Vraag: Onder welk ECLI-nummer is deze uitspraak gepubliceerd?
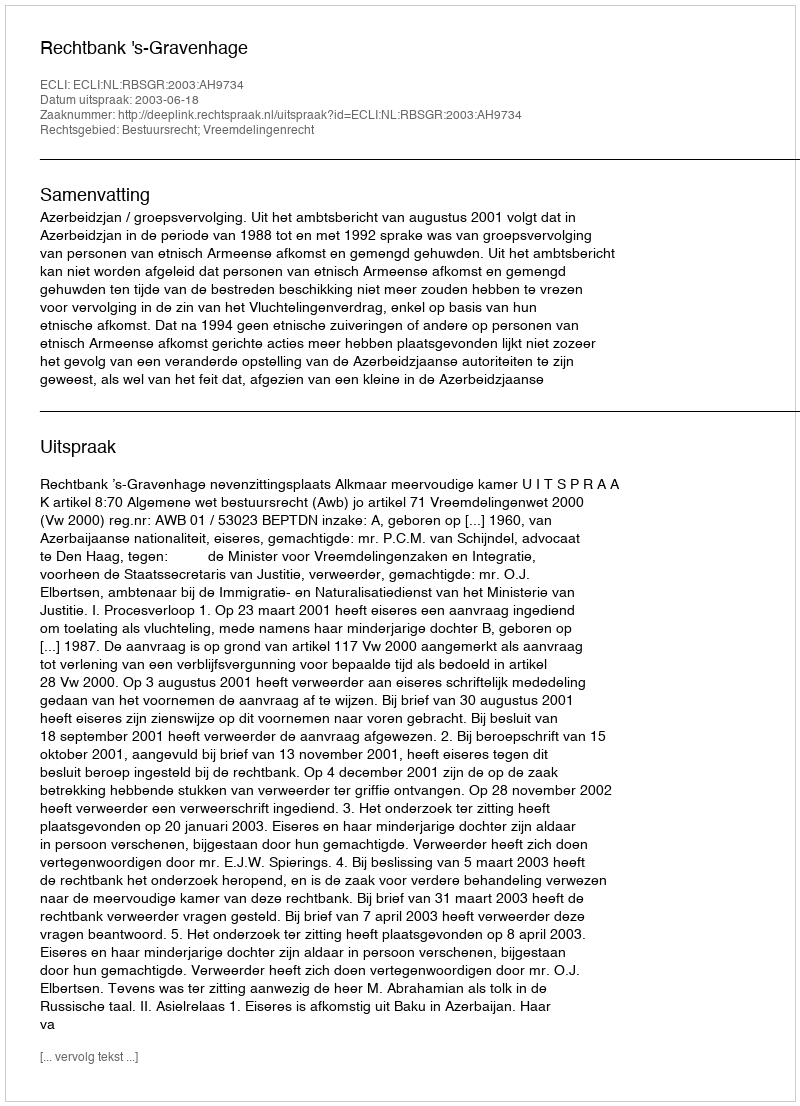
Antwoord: ECLI:NL:RBSGR:2003:AH9734